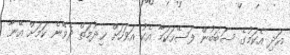
އަދި އެކަމުގެ ސަބަބުން ފަސޭހަކަމާ އެކު އަވަހަށް ޚިދުމަތް ދެވޭނެ ކަމަށް އޭނާ